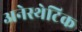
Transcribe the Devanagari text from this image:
अनेस्थेटिक